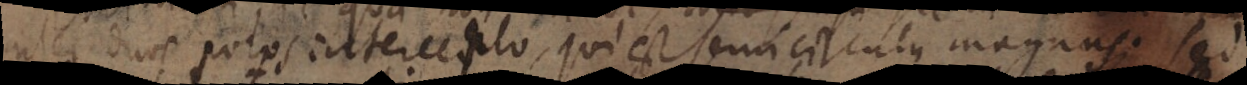
inter duve potos intercepto, qui est semi circulus magnus. sed